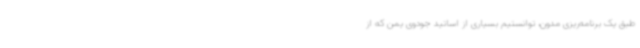
طبق یک برنامه‌ریزی مدون، توانستیم بسیاری از اساتید جودوی یمن که از